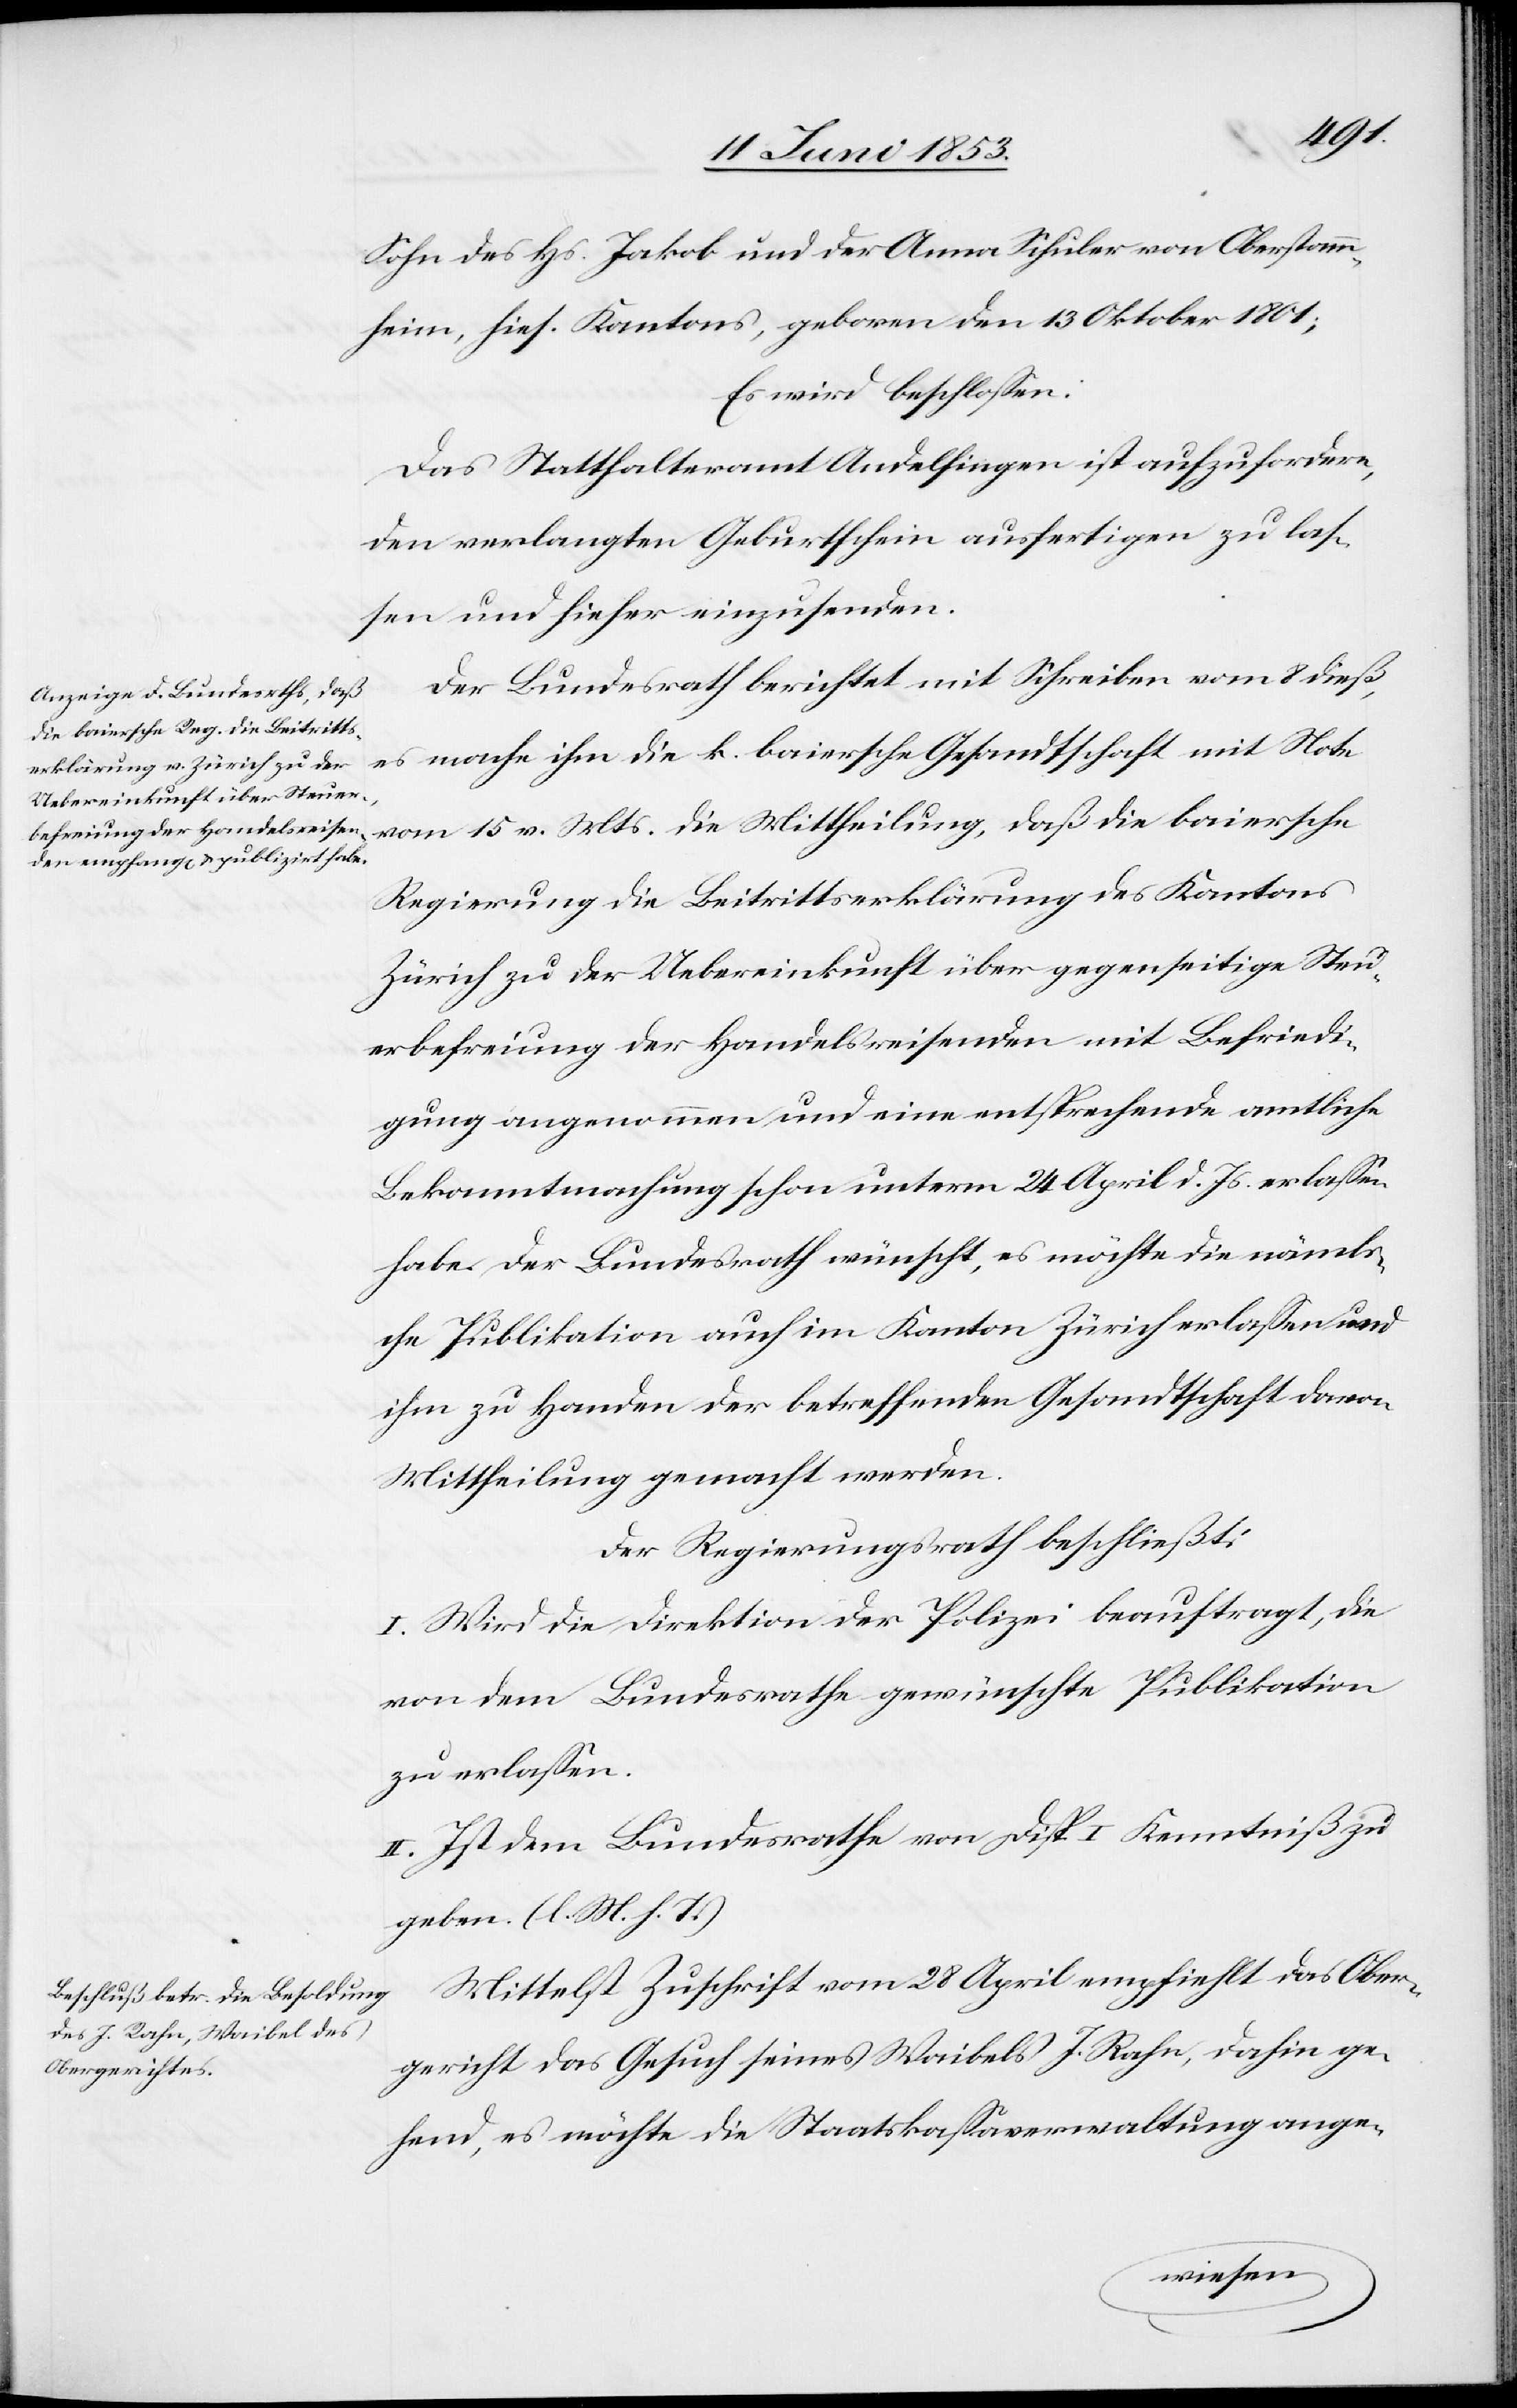
die
Sohn des Hs. Jakob und der Anna Schuler von Oberstamm¬
heim, hies. Kantons, geboren den 13 Oktober 1801;
Es wird beschloßen:
Das Statthalteramt Andelfingen ist aufzufordern,
den verlangten Geburtschein ausfertigen zu las¬
sen und hieher einzusenden.
Der Bundesrath berichtet mit Schreiben vom 8 dieß,
es mache ihm die k. baiersche Gesandtschaft mit Note
Regierung die Beitrittserklärung des Kantons
Zürich zu der Uebereinkunft über gegenseitige Steu¬
erbefreiung der Handelsreisenden mit Befriedi¬
gung angenommen und eine entsprechende amtliche
Bekanntmachung schon unterm 24 April d. Js. erlaßen
habe. Der Bundesrath wünscht, es möchte die nämli¬
che Publikation auch im Kanton Zürich erlaßen und
ihm zu Handen der betreffenden Gesandtschaft davon
Mittheilung gemacht werden.
Der Regierungsrath beschließt:
I. Wird die Direktion der Polizei beauftragt, die
von dem Bundesrathe gewünschte Publikation
zu erlaßen.
II. Ist dem Bundesrathe von Disp. I Kenntniß zu
geben. [l. M. h. T]
Mittelst Zuschrift vom 28 April empfiehlt das Ober¬
gericht das Gesuch seines Waibels J. Rahn, dahin ge¬
hend, es möchte die Staatskaßaverwaltung ange-